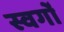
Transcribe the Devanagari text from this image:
स्वर्गो